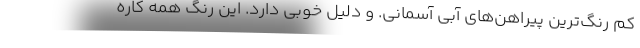
کم رنگ‌ترین پیراهن‌های آبی آسمانی. و دلیل خوبی دارد. این رنگ همه کاره